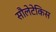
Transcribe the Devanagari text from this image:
सौलेटेकिस